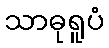
သာဓုရူပံ